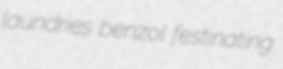
laundries benzol festinating